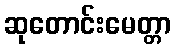
ဆုတောင်းမေတ္တာ